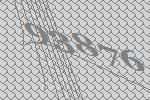
93876